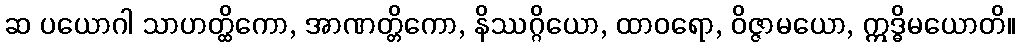
ဆ ပယောဂါ သာဟတ္ထိကော, အာဏတ္တိကော, နိဿဂ္ဂိယော, ထာဝရော, ဝိဇ္ဇာမယော, ဣဒ္ဓိမယောတိ။